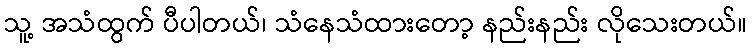
သူ့ အသံထွက် ပီပါတယ်၊ သံနေသံထားတော့ နည်းနည်း လိုသေးတယ်။